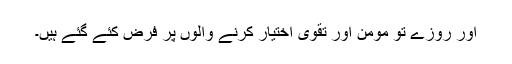
اور روزے تو مومن اور تقویٰ اختیار کرنے والوں پر فرض کئے گئے ہیں۔